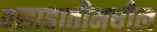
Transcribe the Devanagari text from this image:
वसाहातीमधील